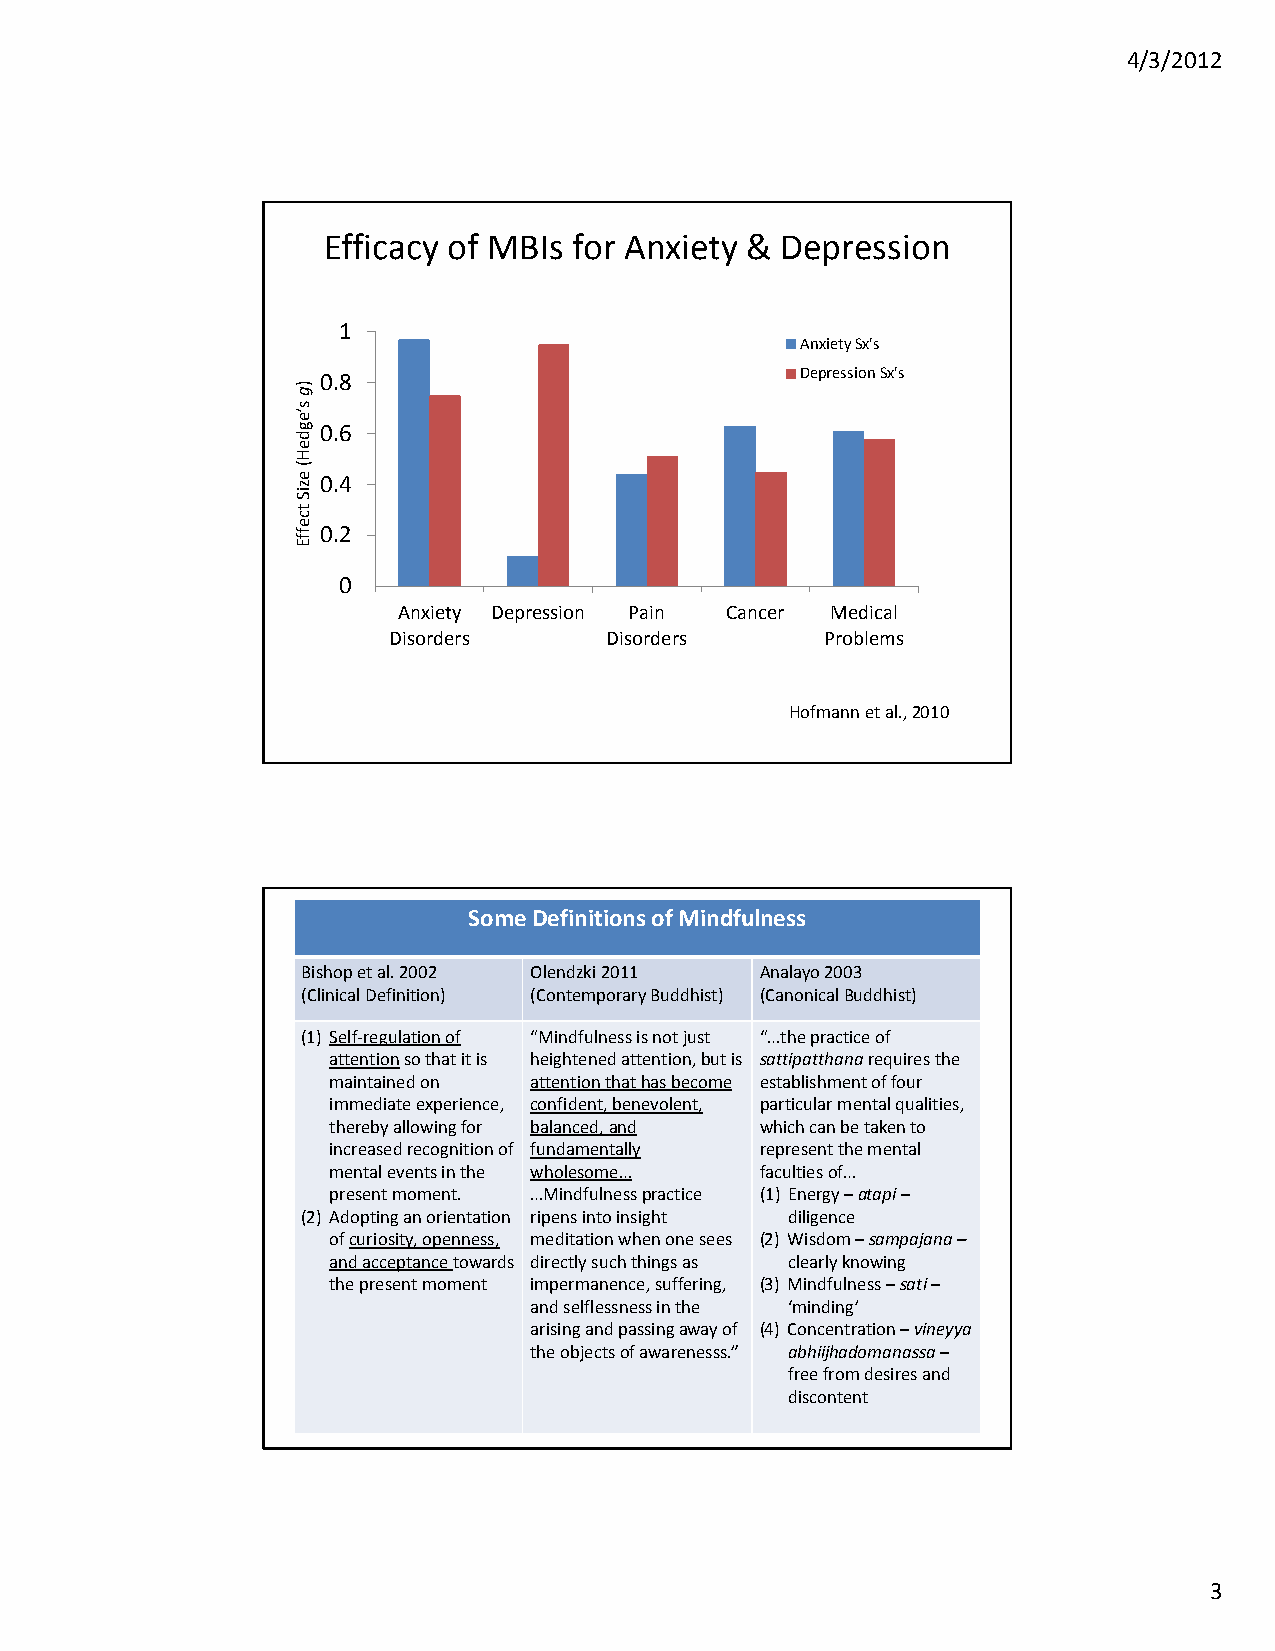
4/3/2012
 Efficacy of MBIs for Anxiety & Depression
 1
 Anxiety Sx's
 0.8                             Depression Sx's
 0.6
 0.4
 0.2
 0
 Anxiety Depression Pain Cancer Medical
 Disorders     Disorders      Problems
 Hofmann et al., 2010
 Some Definitions of Mindfulness
 Bishop et al. 2002 Olendzki2011 Analayo2003
 (Clinical Definition) (Contemporary Buddhist) (Canonical Buddhist)
 (1) Self‐regulation of “Mindfulness is not just “…the practiceof
 attentionso that it is heightened attention, but is sattipatthanarequires the
 maintained on attention that has become establishment of four
 immediate experience, confident, benevolent, particular mental qualities,
 thereby allowing for balanced, and which can be taken to
 increased recognition of fundamentally represent the mental
 mental events in the wholesome… faculties of…
 present moment. …Mindfulness practice (1) Energy –atapi–
 (2) Adopting an orientation ripens into insight diligence
 of curiosity, openness, meditation when one sees (2) Wisdom –sampajana–
 and acceptance towards directly such things as clearly knowing
 the present moment impermanence, suffering, (3) Mindfulness –sati –
 and selflessness in the ‘minding’
 arising and passing away of (4) Concentration –vineyya
 the objects of awarenesss.” abhiijhadomanassa–
 free from desires and
 discontent
 3
 )g
 s’egdeH(
 eziS
 tceffE